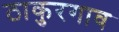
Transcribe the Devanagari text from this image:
ठाकुरगाव